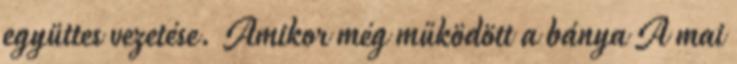
együttes vezetése. Amikor még működött a bánya A mai